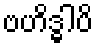
ဗဟိဒ္ဓါပိ